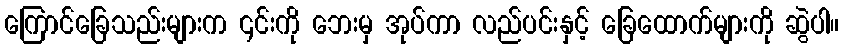
ကြောင်ခြေသည်းများက ၎င်းကို ဘေးမှ အုပ်ကာ လည်ပင်းနှင့် ခြေထောက်များကို ဆွဲပါ။